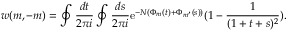
w ( m , - m ) = \oint \frac { d t } { 2 \pi i } \oint \frac { d s } { 2 \pi i } \mathrm { e } ^ { - N ( \Phi _ { m } ( t ) + \Phi _ { m ^ { \prime } } ( s ) ) } ( 1 - \frac { 1 } { ( 1 + t + s ) ^ { 2 } } ) .